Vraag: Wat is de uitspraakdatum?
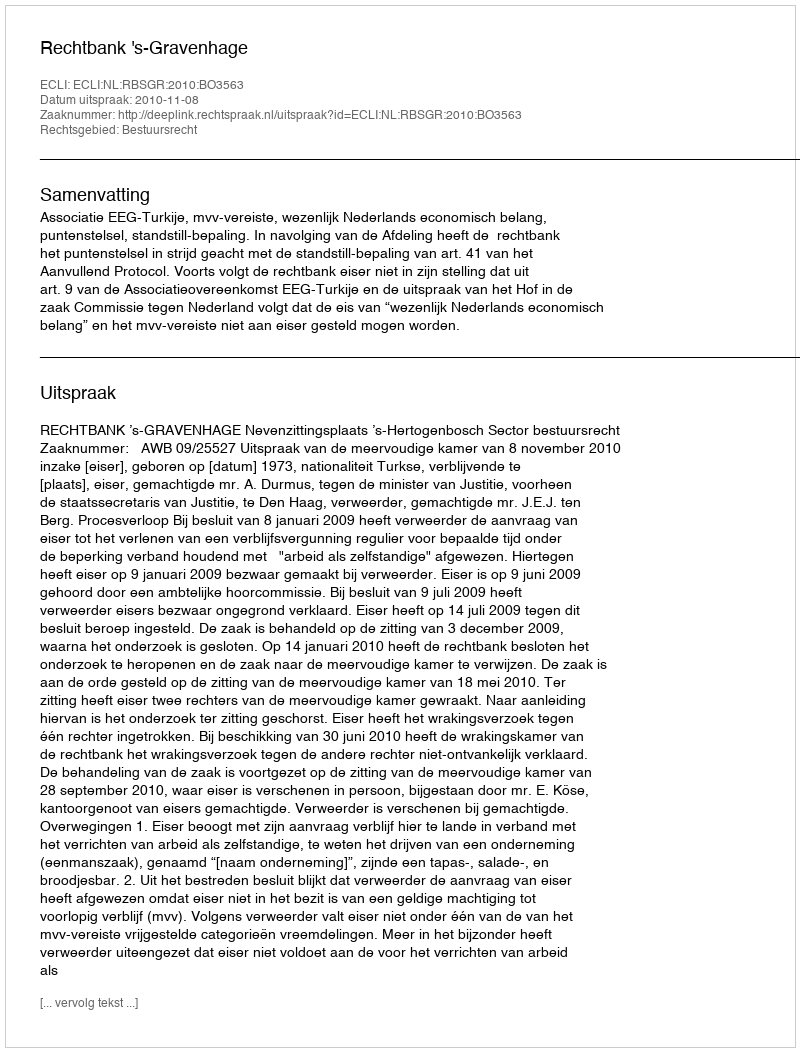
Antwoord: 2010-11-08